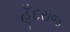
હૂઁદરાજ